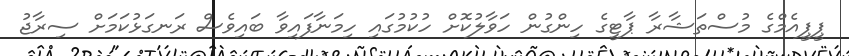
ޕީޕީއެމްގެ މުސްތަޝާރާ ޕާޓީގެ ހިންގުން ހަވާލުކޮށް ހުކުމުގައި ހިމަނާފައިވާ ބައިވެސް ރަނގަޅުކަމަށް ސިރާޖު